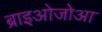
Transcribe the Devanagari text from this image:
ब्राइओजोआ